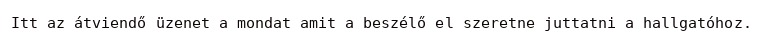
Itt az átviendő üzenet a mondat amit a beszélő el szeretne juttatni a hallgatóhoz.